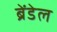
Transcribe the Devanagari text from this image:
ब्रेंडेल